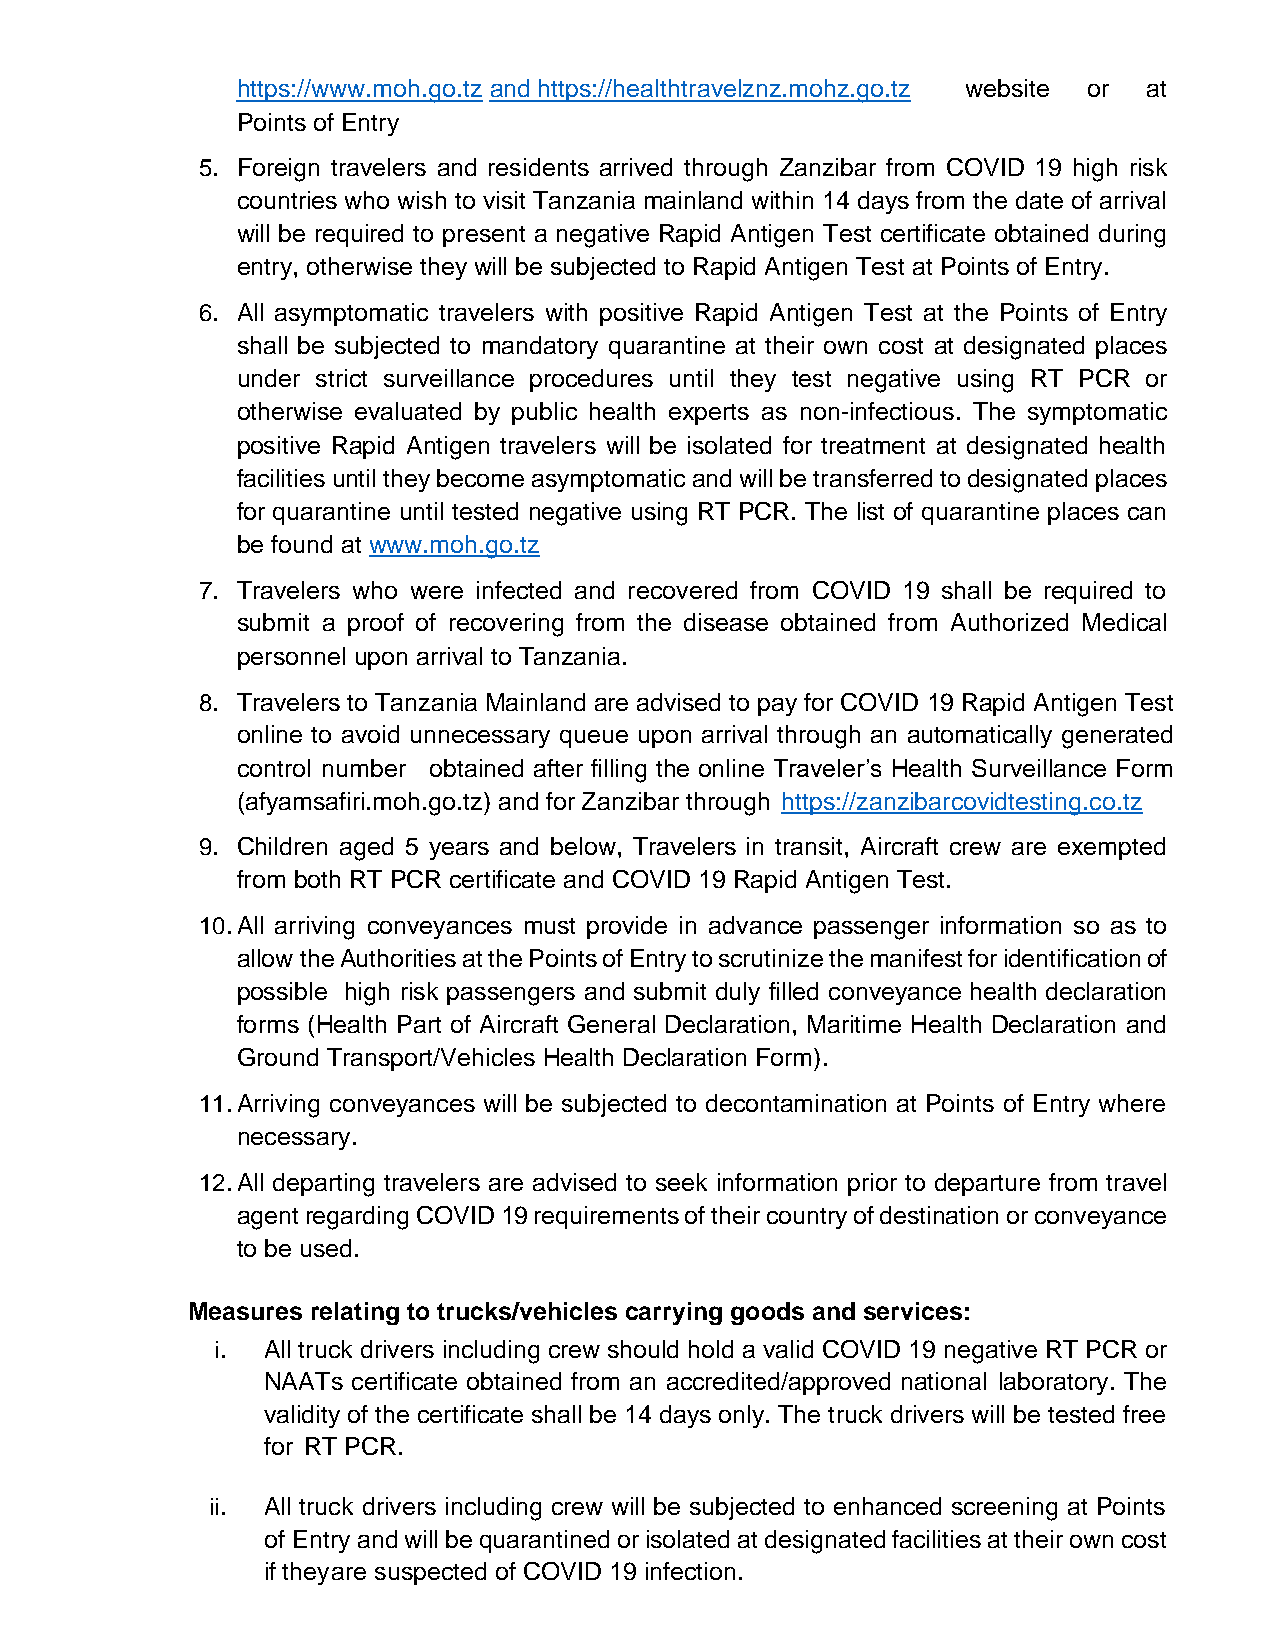
https://www.moh.go.tz and https://healthtravelznz.mohz.go.tz website or at
 Points of Entry
 5. Foreign travelers and residents arrived through Zanzibar from COVID 19 high risk
 countries who wish to visit Tanzania mainland within 14 days from the date of arrival
 will be required to present a negative Rapid Antigen Test certificate obtained during
 entry, otherwise they will be subjected to Rapid Antigen Test at Points of Entry.
 6. All asymptomatic travelers with positive Rapid Antigen Test at the Points of Entry
 shall be subjected to mandatory quarantine at their own cost at designated places
 under strict surveillance procedures until they test negative using RT PCR or
 otherwise evaluated by public health experts as non-infectious. The symptomatic
 positive Rapid Antigen travelers will be isolated for treatment at designated health
 facilities until they become asymptomatic and will be transferred to designated places
 for quarantine until tested negative using RT PCR. The list of quarantine places can
 be found at www.moh.go.tz
 7. Travelers who were infected and recovered from COVID 19 shall be required to
 submit a proof of recovering from the disease obtained from Authorized Medical
 personnel upon arrival to Tanzania.
 8. Travelers to Tanzania Mainland are advised to pay for COVID 19 Rapid Antigen Test
 online to avoid unnecessary queue upon arrival through an automatically generated
 control number obtained after filling the online Traveler’s Health Surveillance Form
 (afyamsafiri.moh.go.tz) and for Zanzibar through https://zanzibarcovidtesting.co.tz
 9. Children aged 5 years and below, Travelers in transit, Aircraft crew are exempted
 from both RT PCR certificate and COVID 19 Rapid Antigen Test.
 10. All arriving conveyances must provide in advance passenger information so as to
 allow the Authorities at the Points of Entry to scrutinize the manifest for identification of
 possible high risk passengers and submit duly filled conveyance health declaration
 forms (Health Part of Aircraft General Declaration, Maritime Health Declaration and
 Ground Transport/Vehicles Health Declaration Form).
 11. Arriving conveyances will be subjected to decontamination at Points of Entry where
 necessary.
 12. All departing travelers are advised to seek information prior to departure from travel
 agent regarding COVID 19 requirements of their country of destination or conveyance
 to be used.
 Measures relating to trucks/vehicles carrying goods and services:
 i. All truck drivers including crew should hold a valid COVID 19 negative RT PCR or
 NAATs certificate obtained from an accredited/approved national laboratory. The
 validity of the certificate shall be 14 days only. The truck drivers will be tested free
 for RT PCR.
 ii. All truck drivers including crew will be subjected to enhanced screening at Points
 of Entry and will be quarantined or isolated at designated facilities at their own cost
 if they are suspected of COVID 19 infection.